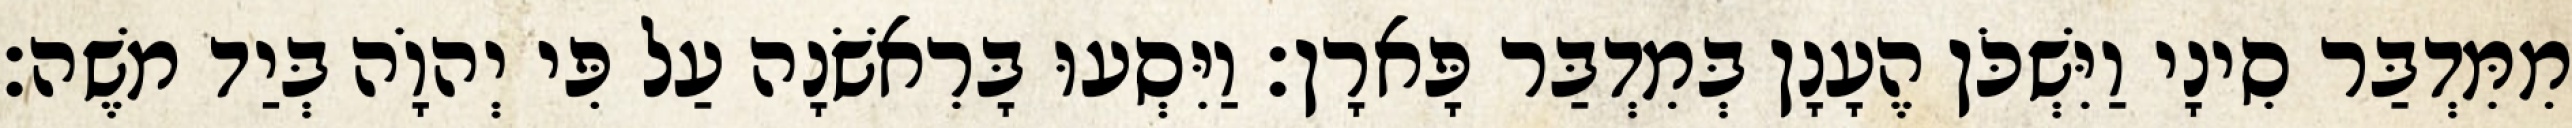
מִמִּדְבַּר סִינָי וַיִּשְׁכֹּן הֶעָנָן בְּמִדְבַּר פָּארָן׃ וַיִּסְעוּ בָּרִאשֹׁנָה עַל פִּי יְהוָֹה בְּיַד משֶׁה׃